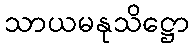
သာယမနုသိဋ္ဌော